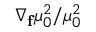
\nabla _ { \mathbf { f } } \mu _ { 0 } ^ { 2 } / \mu _ { 0 } ^ { 2 }